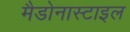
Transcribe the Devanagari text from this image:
मैडोनास्टाइल